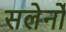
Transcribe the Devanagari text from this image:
सलेर्नो